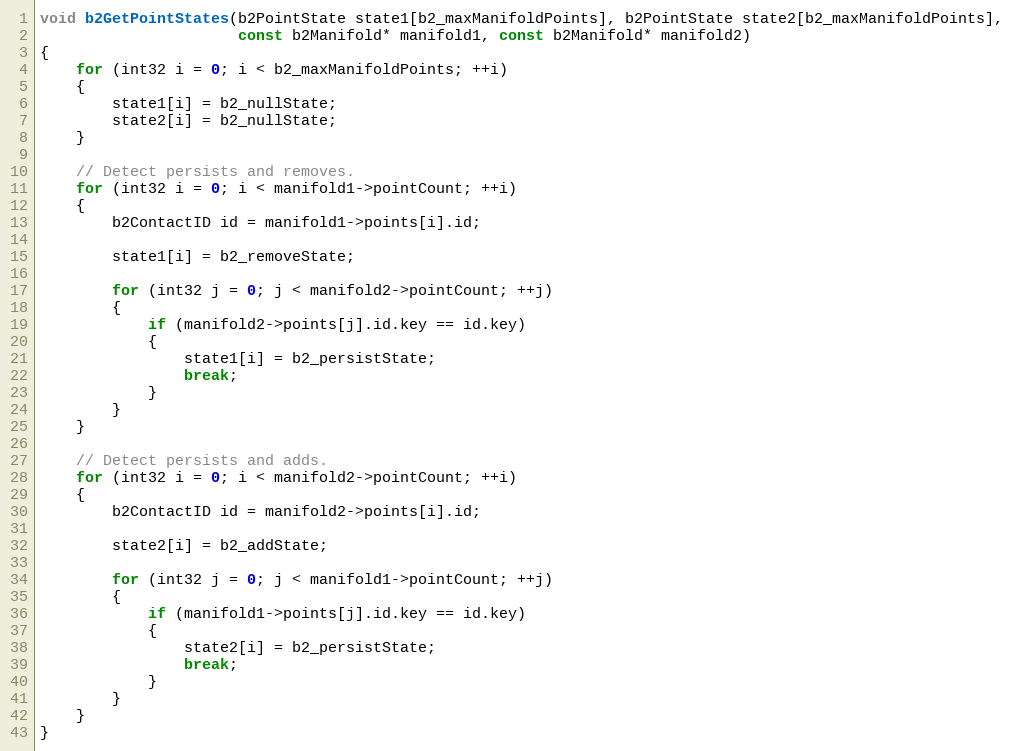
Language: C++
void b2GetPointStates(b2PointState state1[b2_maxManifoldPoints], b2PointState state2[b2_maxManifoldPoints],
					  const b2Manifold* manifold1, const b2Manifold* manifold2)
{
	for (int32 i = 0; i < b2_maxManifoldPoints; ++i)
	{
		state1[i] = b2_nullState;
		state2[i] = b2_nullState;
	}

	// Detect persists and removes.
	for (int32 i = 0; i < manifold1->pointCount; ++i)
	{
		b2ContactID id = manifold1->points[i].id;

		state1[i] = b2_removeState;

		for (int32 j = 0; j < manifold2->pointCount; ++j)
		{
			if (manifold2->points[j].id.key == id.key)
			{
				state1[i] = b2_persistState;
				break;
			}
		}
	}

	// Detect persists and adds.
	for (int32 i = 0; i < manifold2->pointCount; ++i)
	{
		b2ContactID id = manifold2->points[i].id;

		state2[i] = b2_addState;

		for (int32 j = 0; j < manifold1->pointCount; ++j)
		{
			if (manifold1->points[j].id.key == id.key)
			{
				state2[i] = b2_persistState;
				break;
			}
		}
	}
}